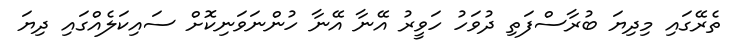
ތެރޭގައި މިދިޔަ ބުރާސްފަތި ދުވަހު ހަވީރު އޭނާ އޭނާ ހުންނަވަނިކޮށް ސައިކަލެއްގައި ދިޔަ